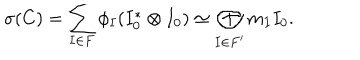
\sigma ( C ) = \sum _ { I \in F } \phi _ { I } ( I _ { 0 } ^ { * } \otimes I _ { 0 } ) \simeq \bigoplus _ { I \in F ^ { \prime } } m _ { I } I _ { 0 } .